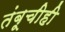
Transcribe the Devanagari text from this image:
तंबूचीही